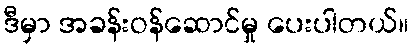
ဒီမှာ အခန်းဝန်ဆောင်မှု ပေးပါတယ်။